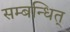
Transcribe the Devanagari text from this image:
सम्बन्धित्